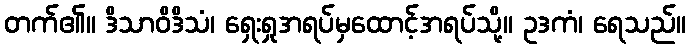
တက်၏။ ဒိသာဝိဒိသံ၊ ရှေးရှုအရပ်မှထောင့်အရပ်သို့။ ဥဒကံ၊ ရေသည်။